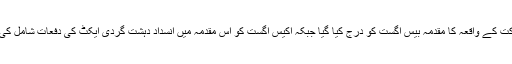
خیال رہے کہ دو سگے بھائیوں کے سیالکوٹ میں دو بھائیوں کی وحشیانہ تشدد کے بعد ہلاکت کے واقعہ کا مقدمہ بیس اگست کو درج کیا گیا جبکہ اکیس اگست کو اس مقدمہ میں انسداد دہشت گردی ایکٹ کی دفعات شامل کی گیں جس کے بعد بائیس اگست کو ان کی سربراہی میں مشترکہ تحقیقاتی ٹیم تشکیل دی تھی۔